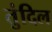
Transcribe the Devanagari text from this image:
तुंदिल